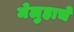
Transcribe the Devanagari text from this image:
मेलुहाचे